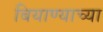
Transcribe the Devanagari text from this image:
बियाण्याच्या